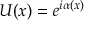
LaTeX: U ( x ) = e ^ { i \alpha ( x ) }